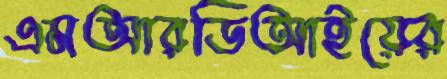
এমআরডিআইয়ের